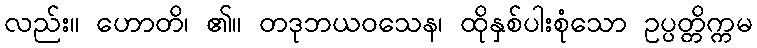
လည်း။ ဟောတိ၊ ၏။ တဒုဘယဝသေန၊ ထိုနှစ်ပါးစုံသော ဥပ္ပတ္တိက္ကမ